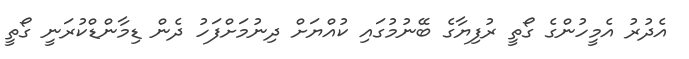
އެދުރު އެމީހުންގެ ގޯތީ ރުފިޔާގެ ބޭނުމުގައި ކުއްޔަށް ދިނުމަށްފަހު ދެން ޑިމާންޑްކުރަނީ ގޯތީ